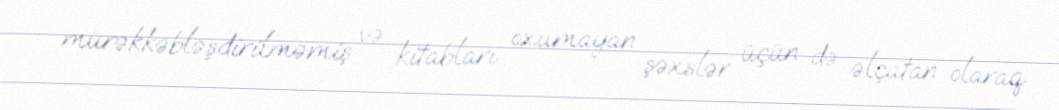
mürəkkəbləşdirilməmiş və kitabları oxumayan şəxslər üçün də əlçatan olaraq